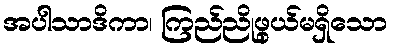
အပါသာဒိကာ၊ ကြည်ညိုဖွယ်မရှိသော